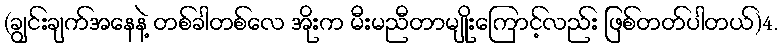
(ချွင်းချက်အနေနဲ့ တစ်ခါတစ်လေ အိုးက မီးမညီတာမျိုးကြောင့်လည်း ဖြစ်တတ်ပါတယ်)4.